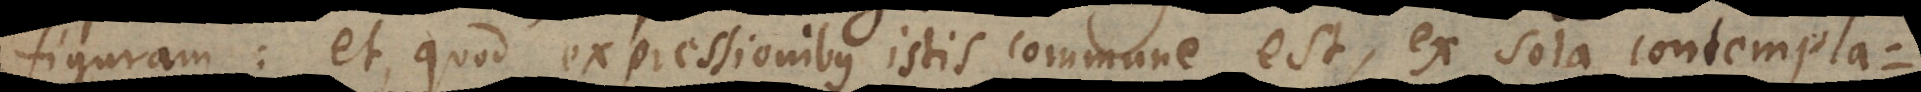
figuram: et, quod expressionibus istis commune est, ex sola contempla